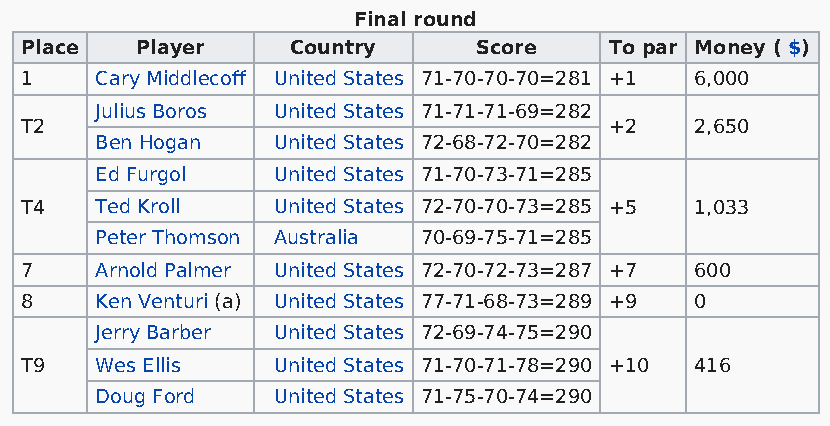
Final round
 Place   Player    Country     Score    To par Money ( $)
 1    Cary Middlecoff United States 71-70-70-70=281 +1 6,000
 Julius Boros United States 71-71-71-69=282
 T2                                     +2    2,650
 Ben Hogan   United States 72-68-72-70=282
 Ed Furgol   United States 71-70-73-71=285
 T4   Ted Kroll   United States 72-70-70-73=285 +5 1,033
 Peter Thomson Australia 70-69-75-71=285
 7    Arnold Palmer United States 72-70-72-73=287 +7 600
 8    Ken Venturi (a) United States 77-71-68-73=289 +9 0
 Jerry Barber United States 72-69-74-75=290
 T9   Wes Ellis   United States 71-70-71-78=290 +10 416
 Doug Ford   United States 71-75-70-74=290